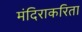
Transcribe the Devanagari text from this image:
मंदिराकरिता